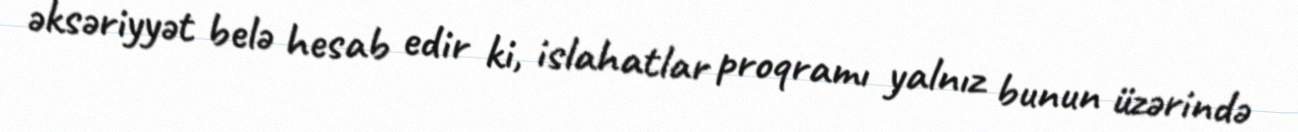
əksəriyyət belə hesab edir ki, islahatlar proqramı yalnız bunun üzərində